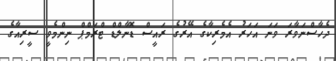
ދެހާސްނަވާރަ ވަނަ އަހަރު އެމެރިކާގެ އޭރުގެ ރައީސް ޑޮނާލްޑް ޓްރަމްޕް ނިންމެވީ ސީރިއާގެ